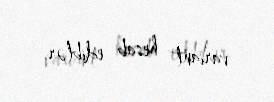
variant hesab ediblər.